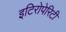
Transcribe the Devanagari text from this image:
इटिरोपेरिटी